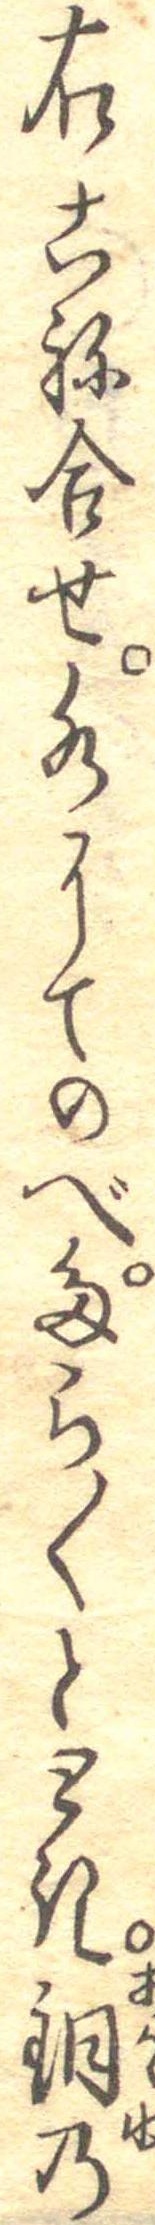
右こね合せ水にてのべたら〱ととき銅の